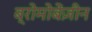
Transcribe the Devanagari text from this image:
ब्रोमोबेंज़ीन